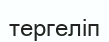
тергеліп